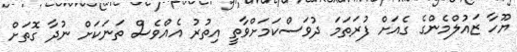
ޔޫހާ ޒައުލްމެންގެ ގެއަށް ފުރަތަމަ ދުވަސްކަމަށްވާތީ އިތުރު އެއްވެސް ތަނަކަށް ނުދާ ގޮތަށް